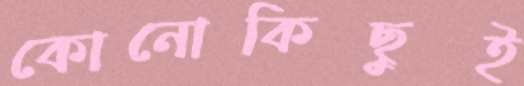
কোনোকিছুই